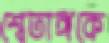
শ্বেতাঙ্গকে